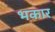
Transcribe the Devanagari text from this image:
भकार